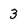
Character: 3